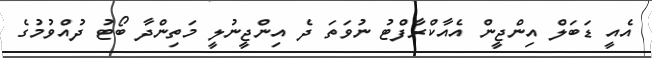
އެއީ ޑަބަލް އިންޖީން އެއާކްރާފްޓު ނުވަތަ ދެ އިންޖީނުލީ މަތިންދާ ބޯޓު ދުއްވުމުގެ